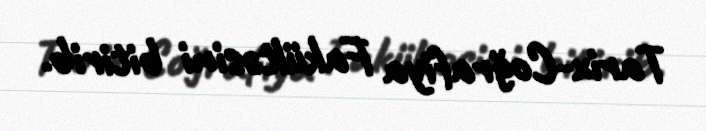
Tarix-Coğrafiya Fakültəsini bitirib.